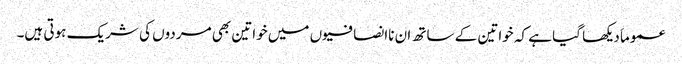
عموماَ دیکھا گیا ہے کہ خواتین کے ساتھ ان ناانصافیوں میں خواتین بھی مردوں کی شریک ہوتی ہیں۔